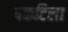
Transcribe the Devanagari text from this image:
पकटिला